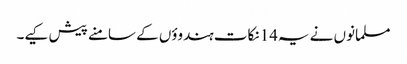
مسلمانوں نے یہ14 نکات ہندوؤں کے سامنے پیش کیے۔